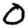
Digit: 0